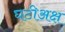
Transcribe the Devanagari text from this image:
घटीअक्ष